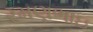
રમણભાઇ